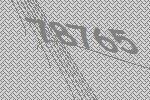
78765